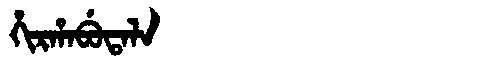
Manchu: ᡥᡳᡵᡥᠠᠪᡠᡨᠠᠯᠠ
Romanization: HIRHABUTALA